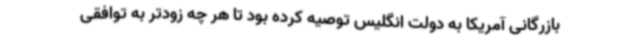
بازرگانی آمریکا به دولت انگلیس توصیه کرده بود تا هر چه زودتر به توافقی